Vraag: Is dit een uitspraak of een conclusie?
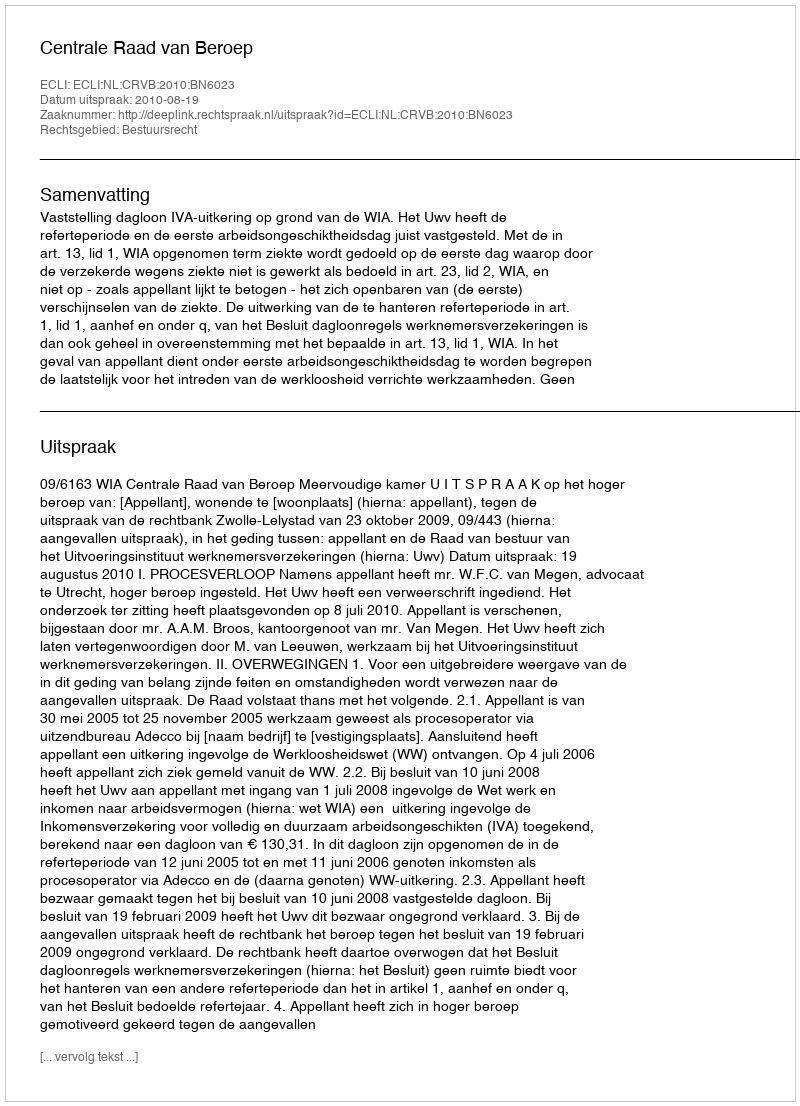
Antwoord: Uitspraak